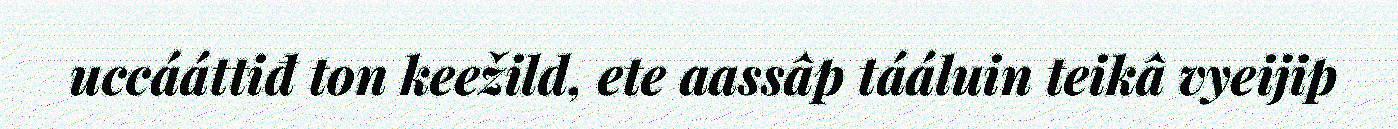
uccááttiđ ton keežild, ete aassâp tááluin teikâ vyeijip